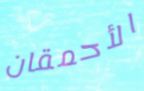
الأحمقان